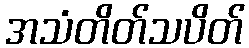
အသံတိတ်သပိတ်